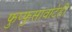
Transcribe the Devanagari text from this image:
फुप्फुसावाटेही